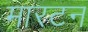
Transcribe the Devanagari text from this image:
मारटन